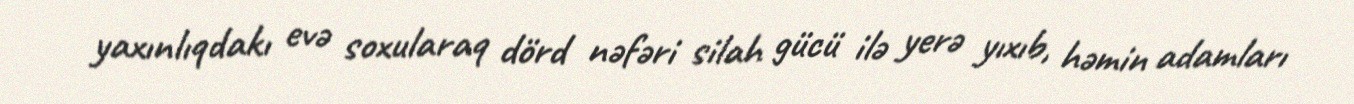
yaxınlıqdakı evə soxularaq dörd nəfəri silah gücü ilə yerə yıxıb, həmin adamları